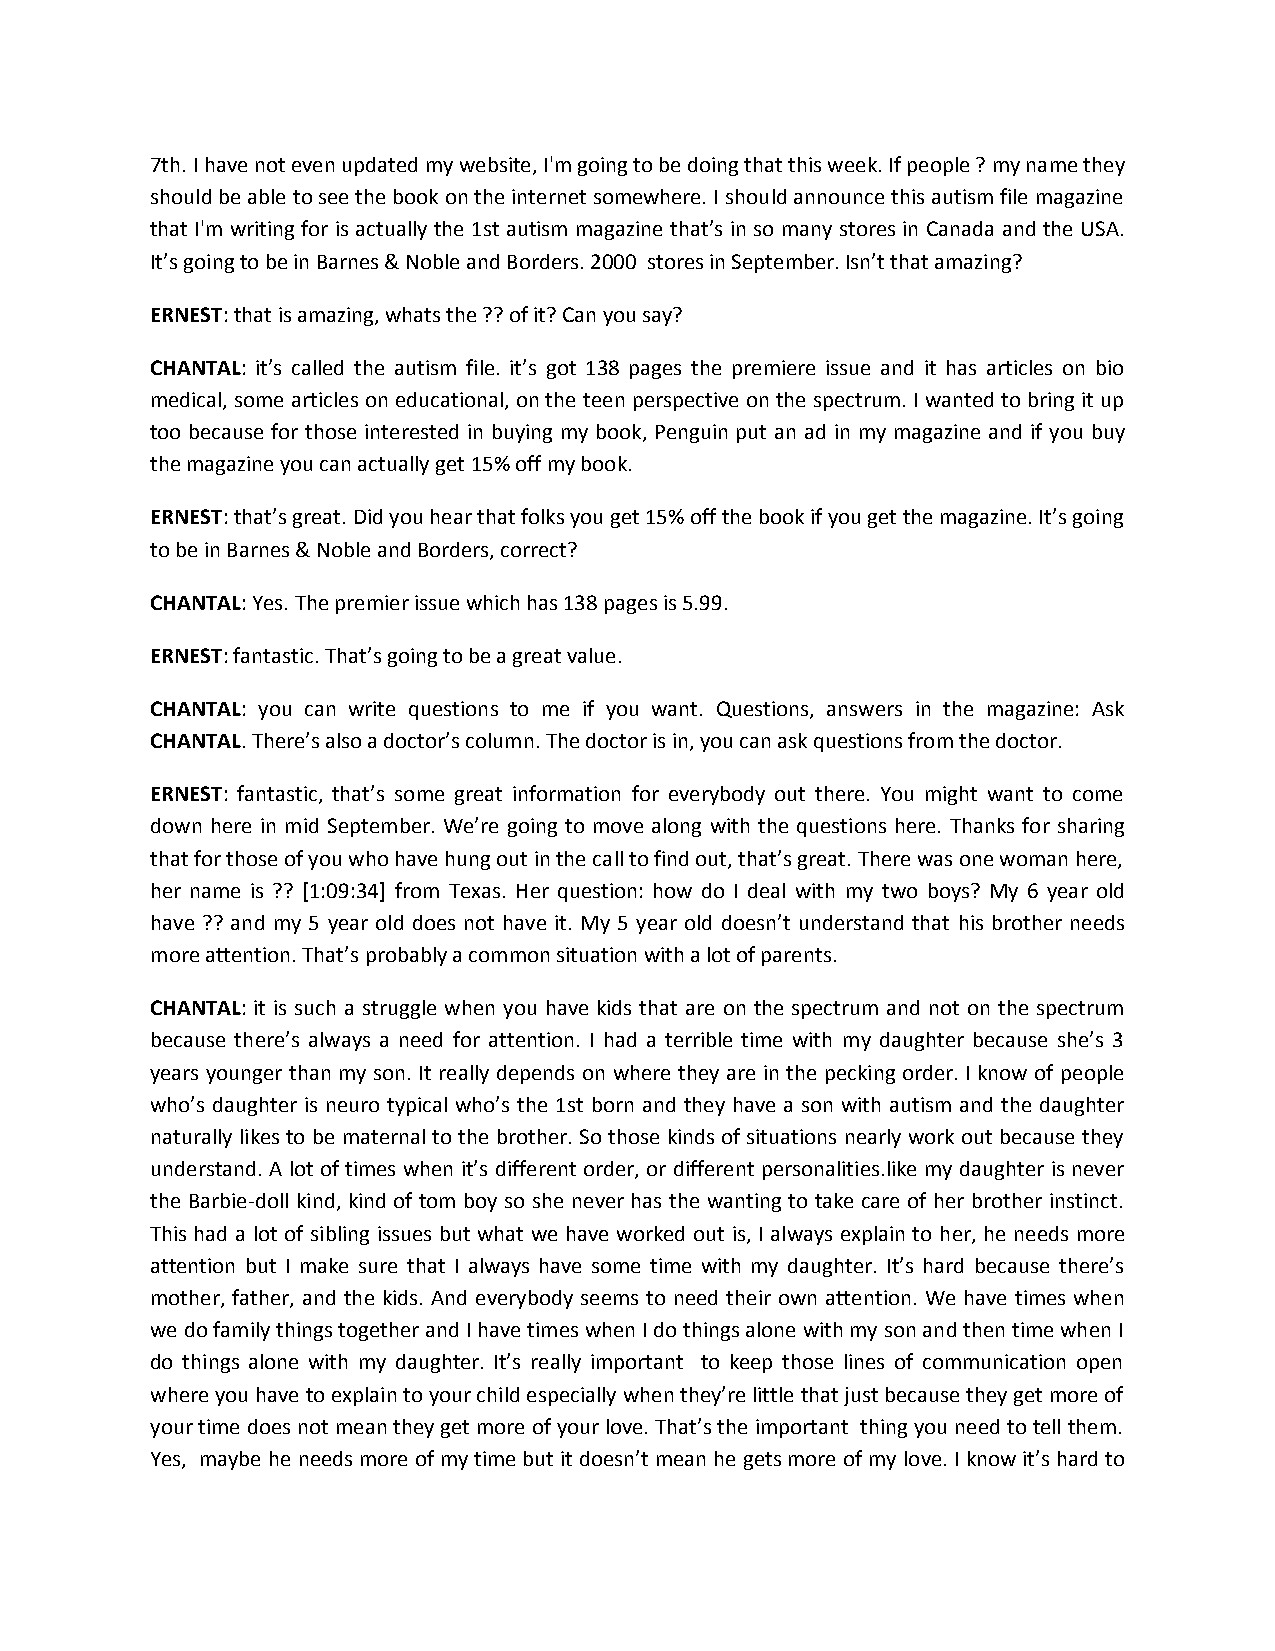
7th. I have not even updated my website, I'm going to be doing that this week. If people ? my name they
 should be able to see the book on the internet somewhere. I should announce this autism file magazine
 that I'm writing for is actually the 1st autism magazine that’s in so many stores in Canada and the USA.
 It’s going to be in Barnes & Noble and Borders. 2000 stores in September. Isn’t that amazing?
 ERNEST: that is amazing, whats the ?? of it? Can you say?
 CHANTAL: it’s called the autism file. it’s got 138 pages the premiere issue and it has articles on bio
 medical, some articles on educational, on the teen perspective on the spectrum. I wanted to bring it up
 too because for those interested in buying my book, Penguin put an ad in my magazine and if you buy
 the magazine you can actually get 15% off my book.
 ERNEST: that’s great. Did you hear that folks you get 15% off the book if you get the magazine. It’s going
 to be in Barnes & Noble and Borders, correct?
 CHANTAL: Yes. The premier issue which has 138 pages is 5.99.
 ERNEST: fantastic. That’s going to be a great value.
 CHANTAL: you can write questions to me if you want. Questions, answers in the magazine: Ask
 CHANTAL. There’s also a doctor’s column. The doctor is in, you can ask questions from the doctor.
 ERNEST: fantastic, that’s some great information for everybody out there. You might want to come
 down here in mid September. We’re going to move along with the questions here. Thanks for sharing
 that for those of you who have hung out in the call to find out, that’s great. There was one woman here,
 her name is ?? [1:09:34] from Texas. Her question: how do I deal with my two boys? My 6 year old
 have ?? and my 5 year old does not have it. My 5 year old doesn’t understand that his brother needs
 more attention. That’s probably a common situation with a lot of parents.
 CHANTAL: it is such a struggle when you have kids that are on the spectrum and not on the spectrum
 because there’s always a need for attention. I had a terrible time with my daughter because she’s 3
 years younger than my son. It really depends on where they are in the pecking order. I know of people
 who’s daughter is neuro typical who’s the 1st born and they have a son with autism and the daughter
 naturally likes to be maternal to the brother. So those kinds of situations nearly work out because they
 understand. A lot of times when it’s different order, or different personalities.like my daughter is never
 the Barbie-doll kind, kind of tom boy so she never has the wanting to take care of her brother instinct.
 This had a lot of sibling issues but what we have worked out is, I always explain to her, he needs more
 attention but I make sure that I always have some time with my daughter. It’s hard because there’s
 mother, father, and the kids. And everybody seems to need their own attention. We have times when
 we do family things together and I have times when I do things alone with my son and then time when I
 do things alone with my daughter. It’s really important to keep those lines of communication open
 where you have to explain to your child especially when they’re little that just because they get more of
 your time does not mean they get more of your love. That’s the important thing you need to tell them.
 Yes, maybe he needs more of my time but it doesn’t mean he gets more of my love. I know it’s hard to